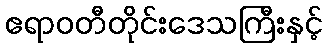
ဧရာဝတီတိုင်းဒေသကြီးနှင့်